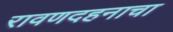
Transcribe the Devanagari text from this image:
रावणदहनाचा